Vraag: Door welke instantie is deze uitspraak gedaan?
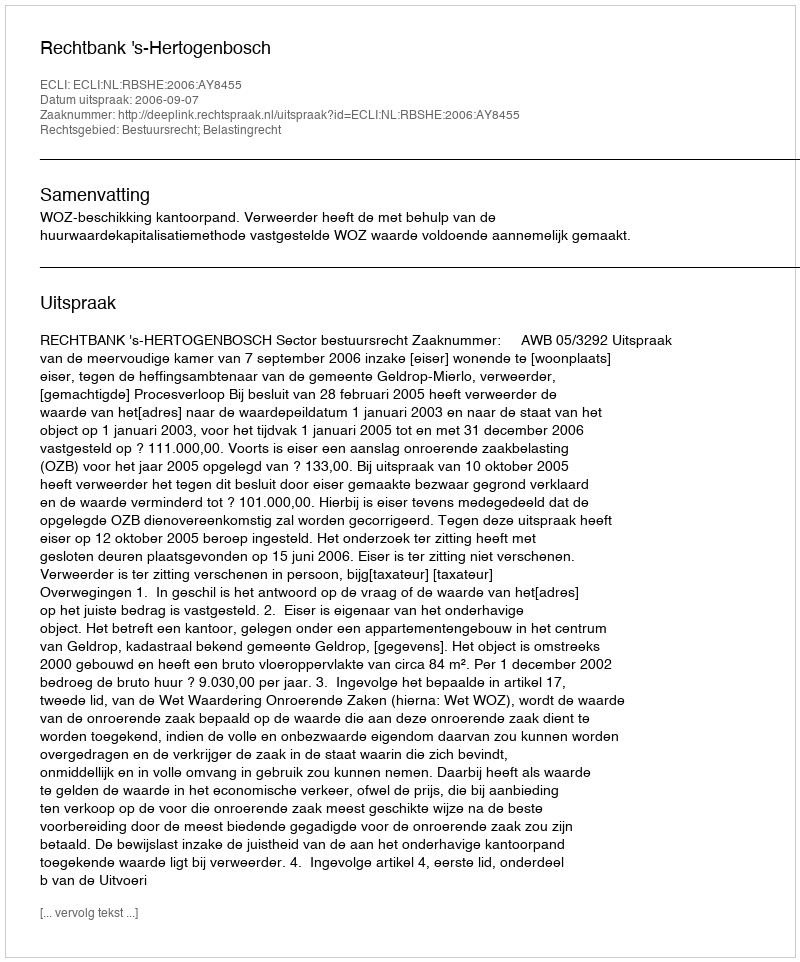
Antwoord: Rechtbank 's-Hertogenbosch